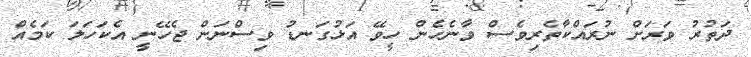
ދަތުރު ވަރަށް ނުރައްކާތެރިވެސް ވާނެހެން ހީވޭ އަޅުގަނޑު ވިސްނަން ޖެހޭނީ އެކަހަލަ ކަމެއް